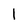
Character: 1